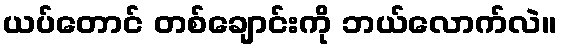
ယပ်တောင် တစ်ချောင်းကို ဘယ်လောက်လဲ။